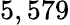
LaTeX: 5,579